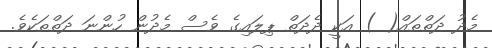
މެދު ދަތްތައް( ) އަކީ ދެދަތް ޕިލައިގެ ވެސް މެދުން ހުންނަ ދަތްތަކެވެ.